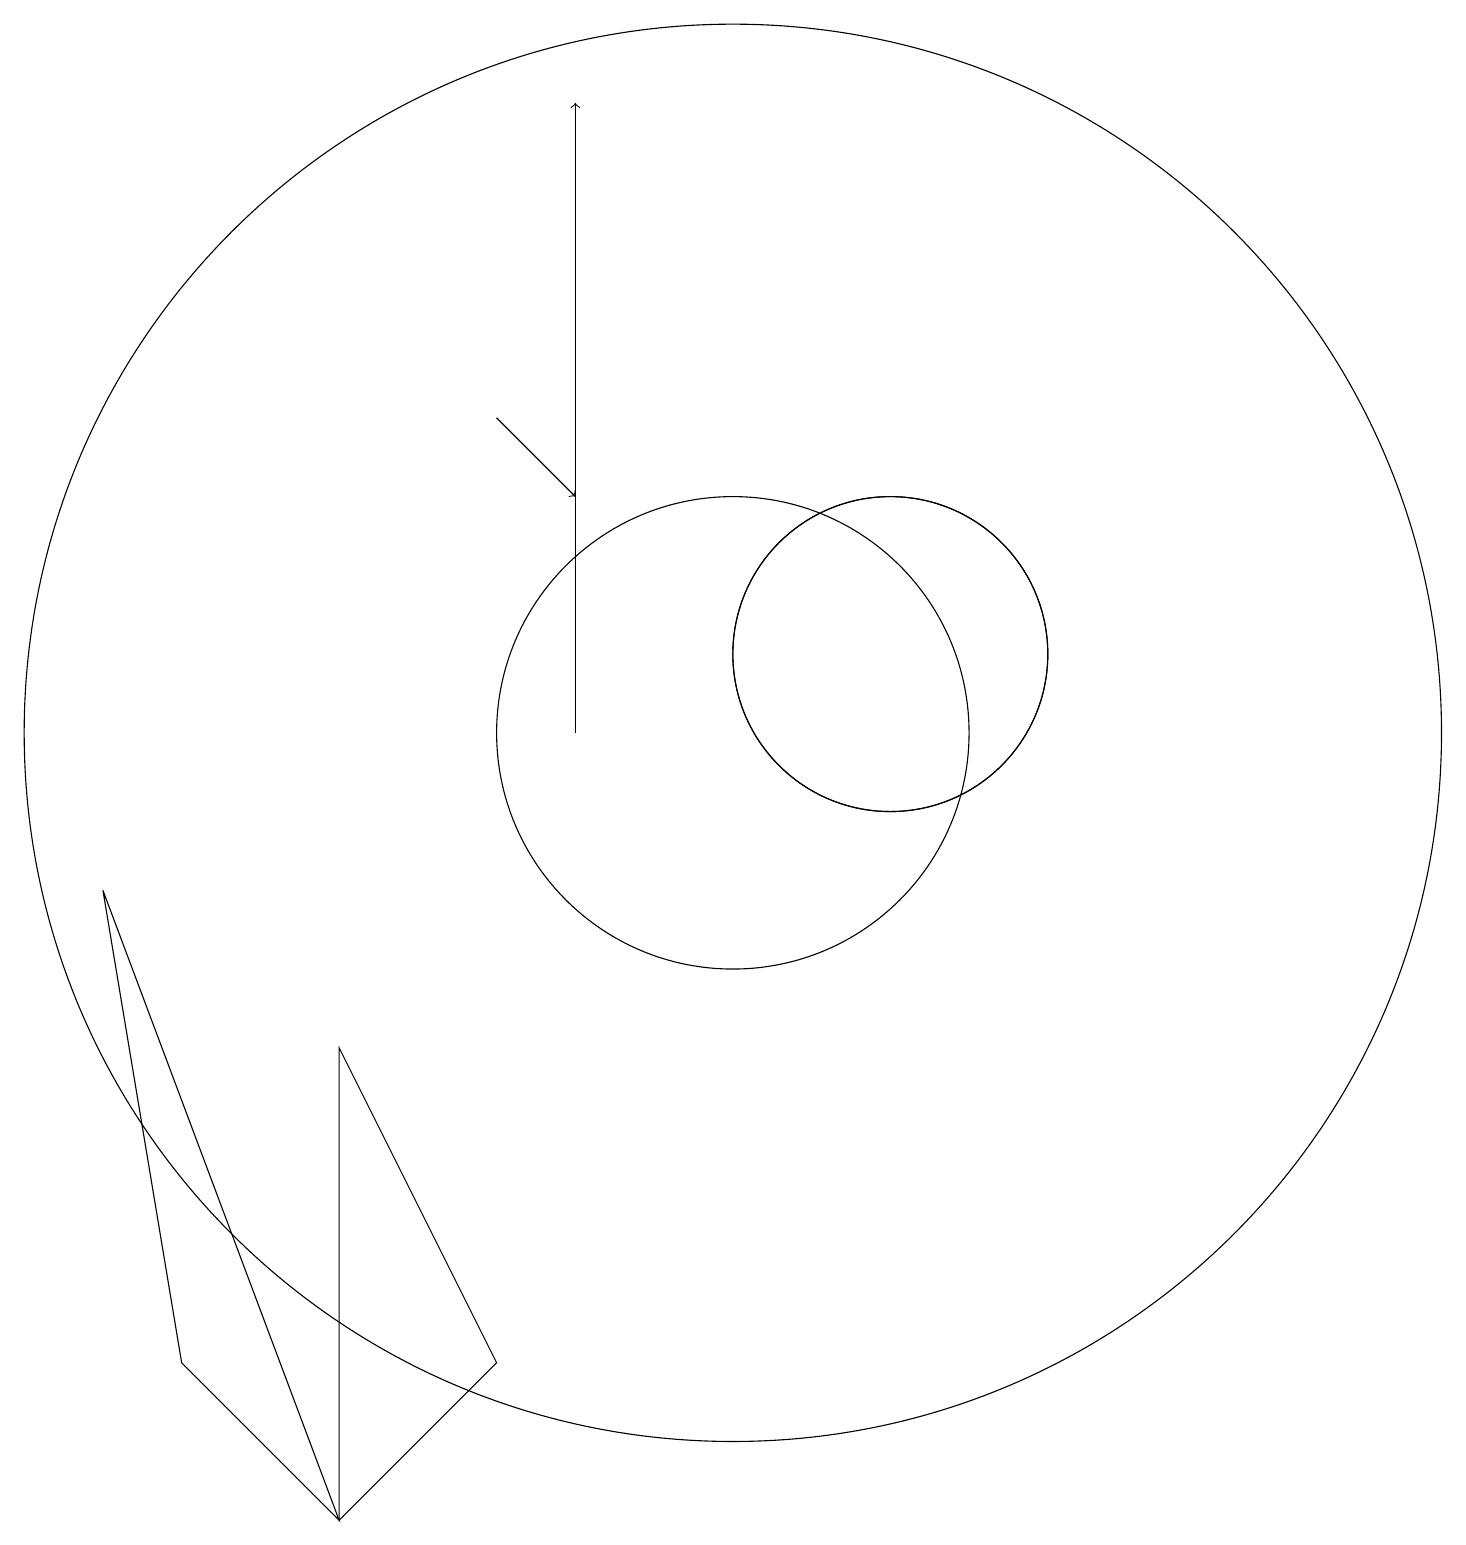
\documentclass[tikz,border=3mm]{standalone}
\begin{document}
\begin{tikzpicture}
\draw (5,0) -- (5,6) -- (7,2) -- cycle;
\draw (10,10) circle (3);
\draw (12,11) circle (2);
\draw (12,11) circle (2);
\draw[->] (8,10) -- (8,18);
\draw[->] (7,14) -- (8,13);
\draw (10,10) circle (9);
\draw (2,8) -- (3,2) -- (5,0) -- cycle;
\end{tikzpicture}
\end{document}